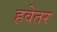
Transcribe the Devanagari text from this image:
हवेतर